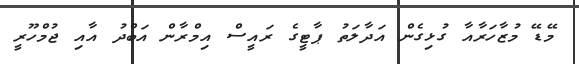
މޭޑޭ މުޒާހަރާއާ ގުޅިގެން އަދާލަތު ޕާޓީގެ ރައީސް އިމްރާން އަބްދު އާއި ޖުމްހޫރީ